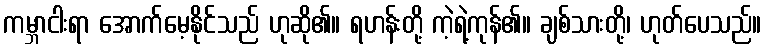
ကမ္ဘာငါးရာ အောက်မေ့နိုင်သည် ဟုဆို၏။ ရဟန်းတို့ ကဲ့ရဲ့ကုန်၏။ ချစ်သားတို့၊ ဟုတ်ပေသည်။